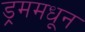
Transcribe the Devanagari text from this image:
ड्रममधून